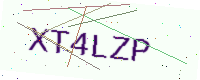
Text: XT4LZP